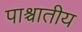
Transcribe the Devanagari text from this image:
पाश्चातीय